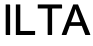
ILTA